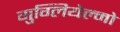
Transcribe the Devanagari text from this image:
गुग्लियेल्मो